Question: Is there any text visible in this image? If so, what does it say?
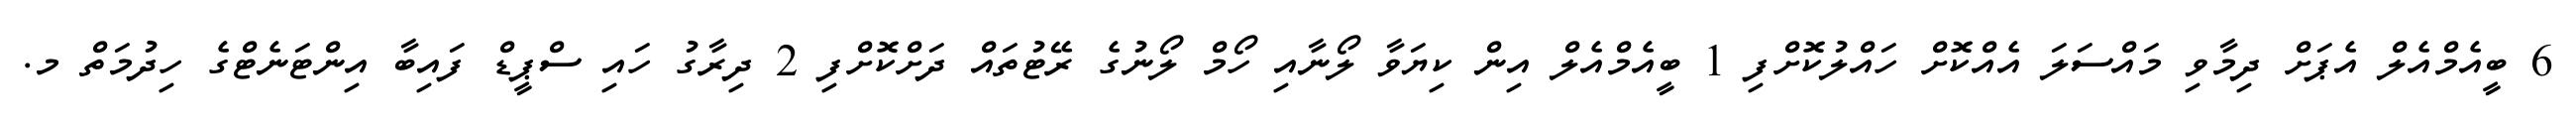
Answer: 6 ބީއެމްއެލް އެޕަށް ދިމާވި މައްސަލަ އެއްކޮށް ހައްލުކޮށްފި 1 ބީއެމްއެލް އިން ކިޔަވާ ލޯނާއި ހޯމް ލޯނުގެ ރޭޓުތައް ދަށްކޮށްފި 2 ދިރާގު ހައި ސްޕީޑް ފައިބާ އިންޓަނެޓްގެ ހިދުމަތް މ.